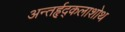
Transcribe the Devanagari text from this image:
अन्तर्हृद्कलाशोथ